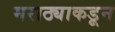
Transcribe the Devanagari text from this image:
मराठ्याकडून